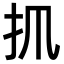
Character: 𢩰